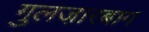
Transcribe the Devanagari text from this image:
गुलजा़रबाग